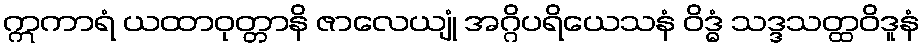
ဣကာရံ ယထာဝုတ္တာနိ ဇာလေယျုံ အဂ္ဂိပရိယေသနံ ဝိဒ္ဓံ သဒ္ဒသတ္ထဝိဒူနံ